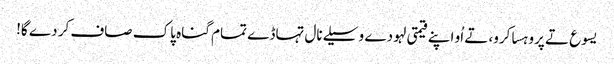
یسوع تے پروہسا کرو، تے اُو اپنے قیمتی لہو دے وسیلے نال تہاڈے تمام گناہ پاک صاف کر دے گا!